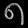
Digit: ၈